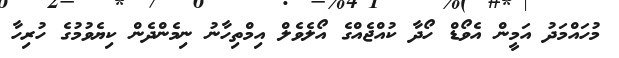
މުހައްމަދު އަމީން އެވޯޑް ހޯދާ ކުއްޖެއްގެ އޯލެވެލް އިމްތިހާނު ނިމެންދެން ކިޔެވުމުގެ ހުރިހާ